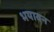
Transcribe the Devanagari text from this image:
भयावन